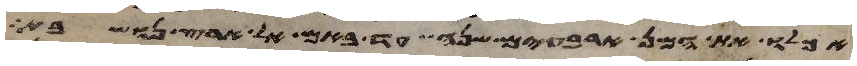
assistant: אכלו את המן ארבעים שנה עד באם אל ארץ נושבת